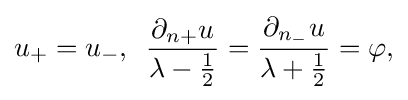
\displaystyle {u_{+}=u_{-},\,\,\,{\partial _{n+}u \over \lambda -{1 \over 2}}={\partial _{n_{-}}u \over \lambda +{1 \over 2}}=\varphi ,}